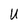
Character: U